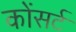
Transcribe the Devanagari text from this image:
कोंसर्ट